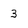
Character: 3